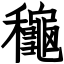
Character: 龝